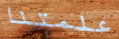
علمتنا